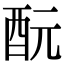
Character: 酛